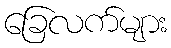
ခြေလက်များ